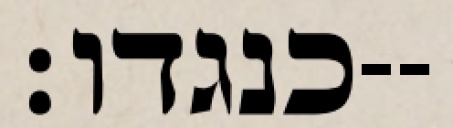
כנגדו׃--